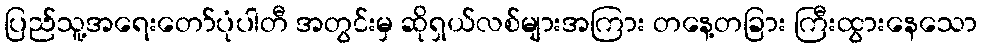
ပြည်သူ့အရေးတော်ပုံပါတီ အတွင်းမှ ဆိုရှယ်လစ်များအကြား တနေ့တခြား ကြီးထွားနေသော